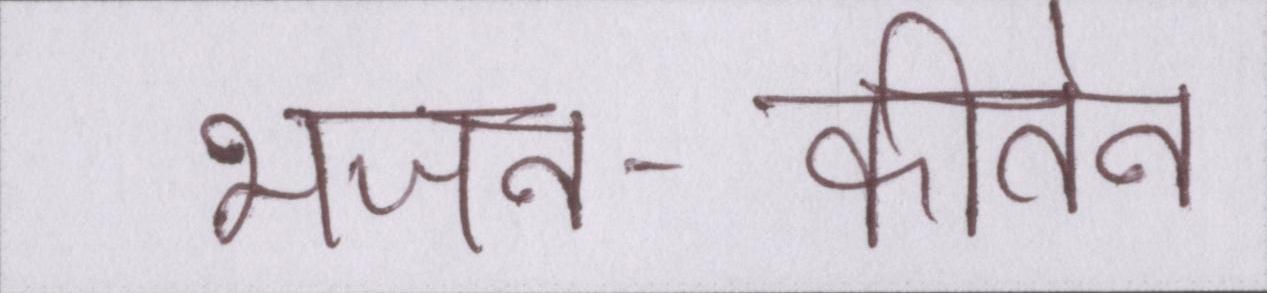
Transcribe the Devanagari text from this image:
भजन-कीर्तन